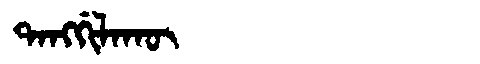
Manchu: ᡨᠠᠩᡤᡳᠯᠠᡴᡡ
Romanization: TANGGILAKŪ